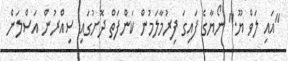
"އައި ލަވް ޔޫ." ނޯޔާގެ ފައިގަ ފިރުމާލަމުން ކަންފަތް ދޮށުގައި ސިއްރުން އަސްލަން